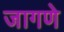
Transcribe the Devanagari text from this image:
जागणे